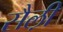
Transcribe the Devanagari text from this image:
सैल़ी